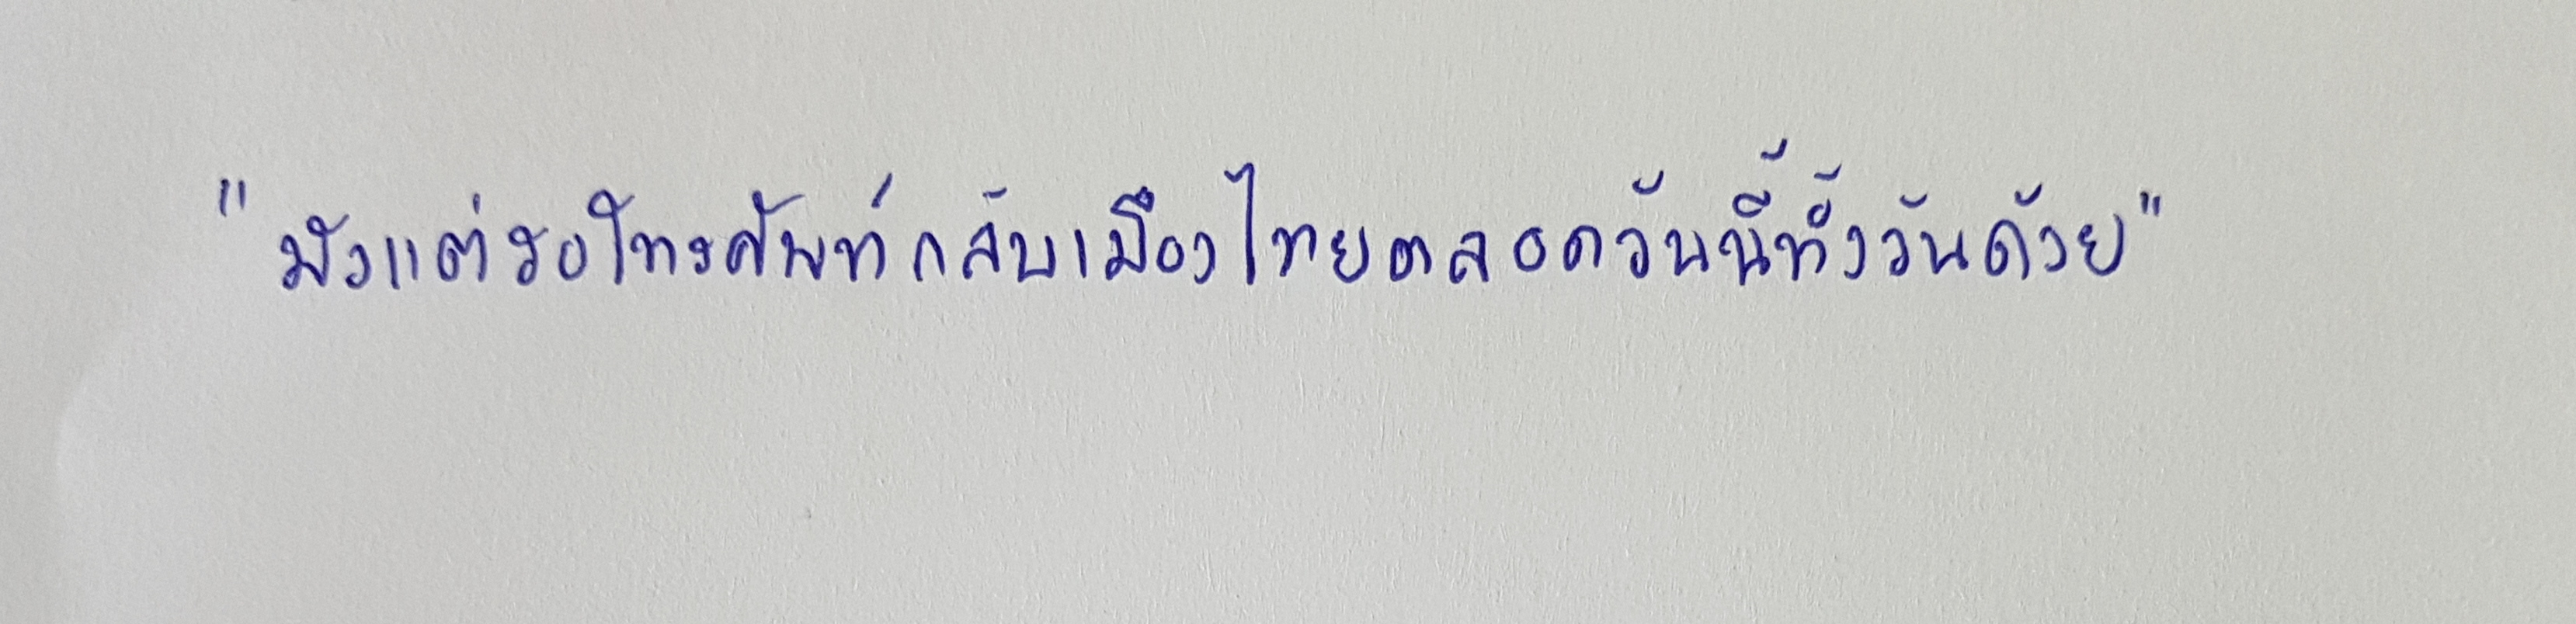
"มัวแต่รอโทรศัพท์กลับเมืองไทยตลอดวันนี้ทั้งวันด้วย"